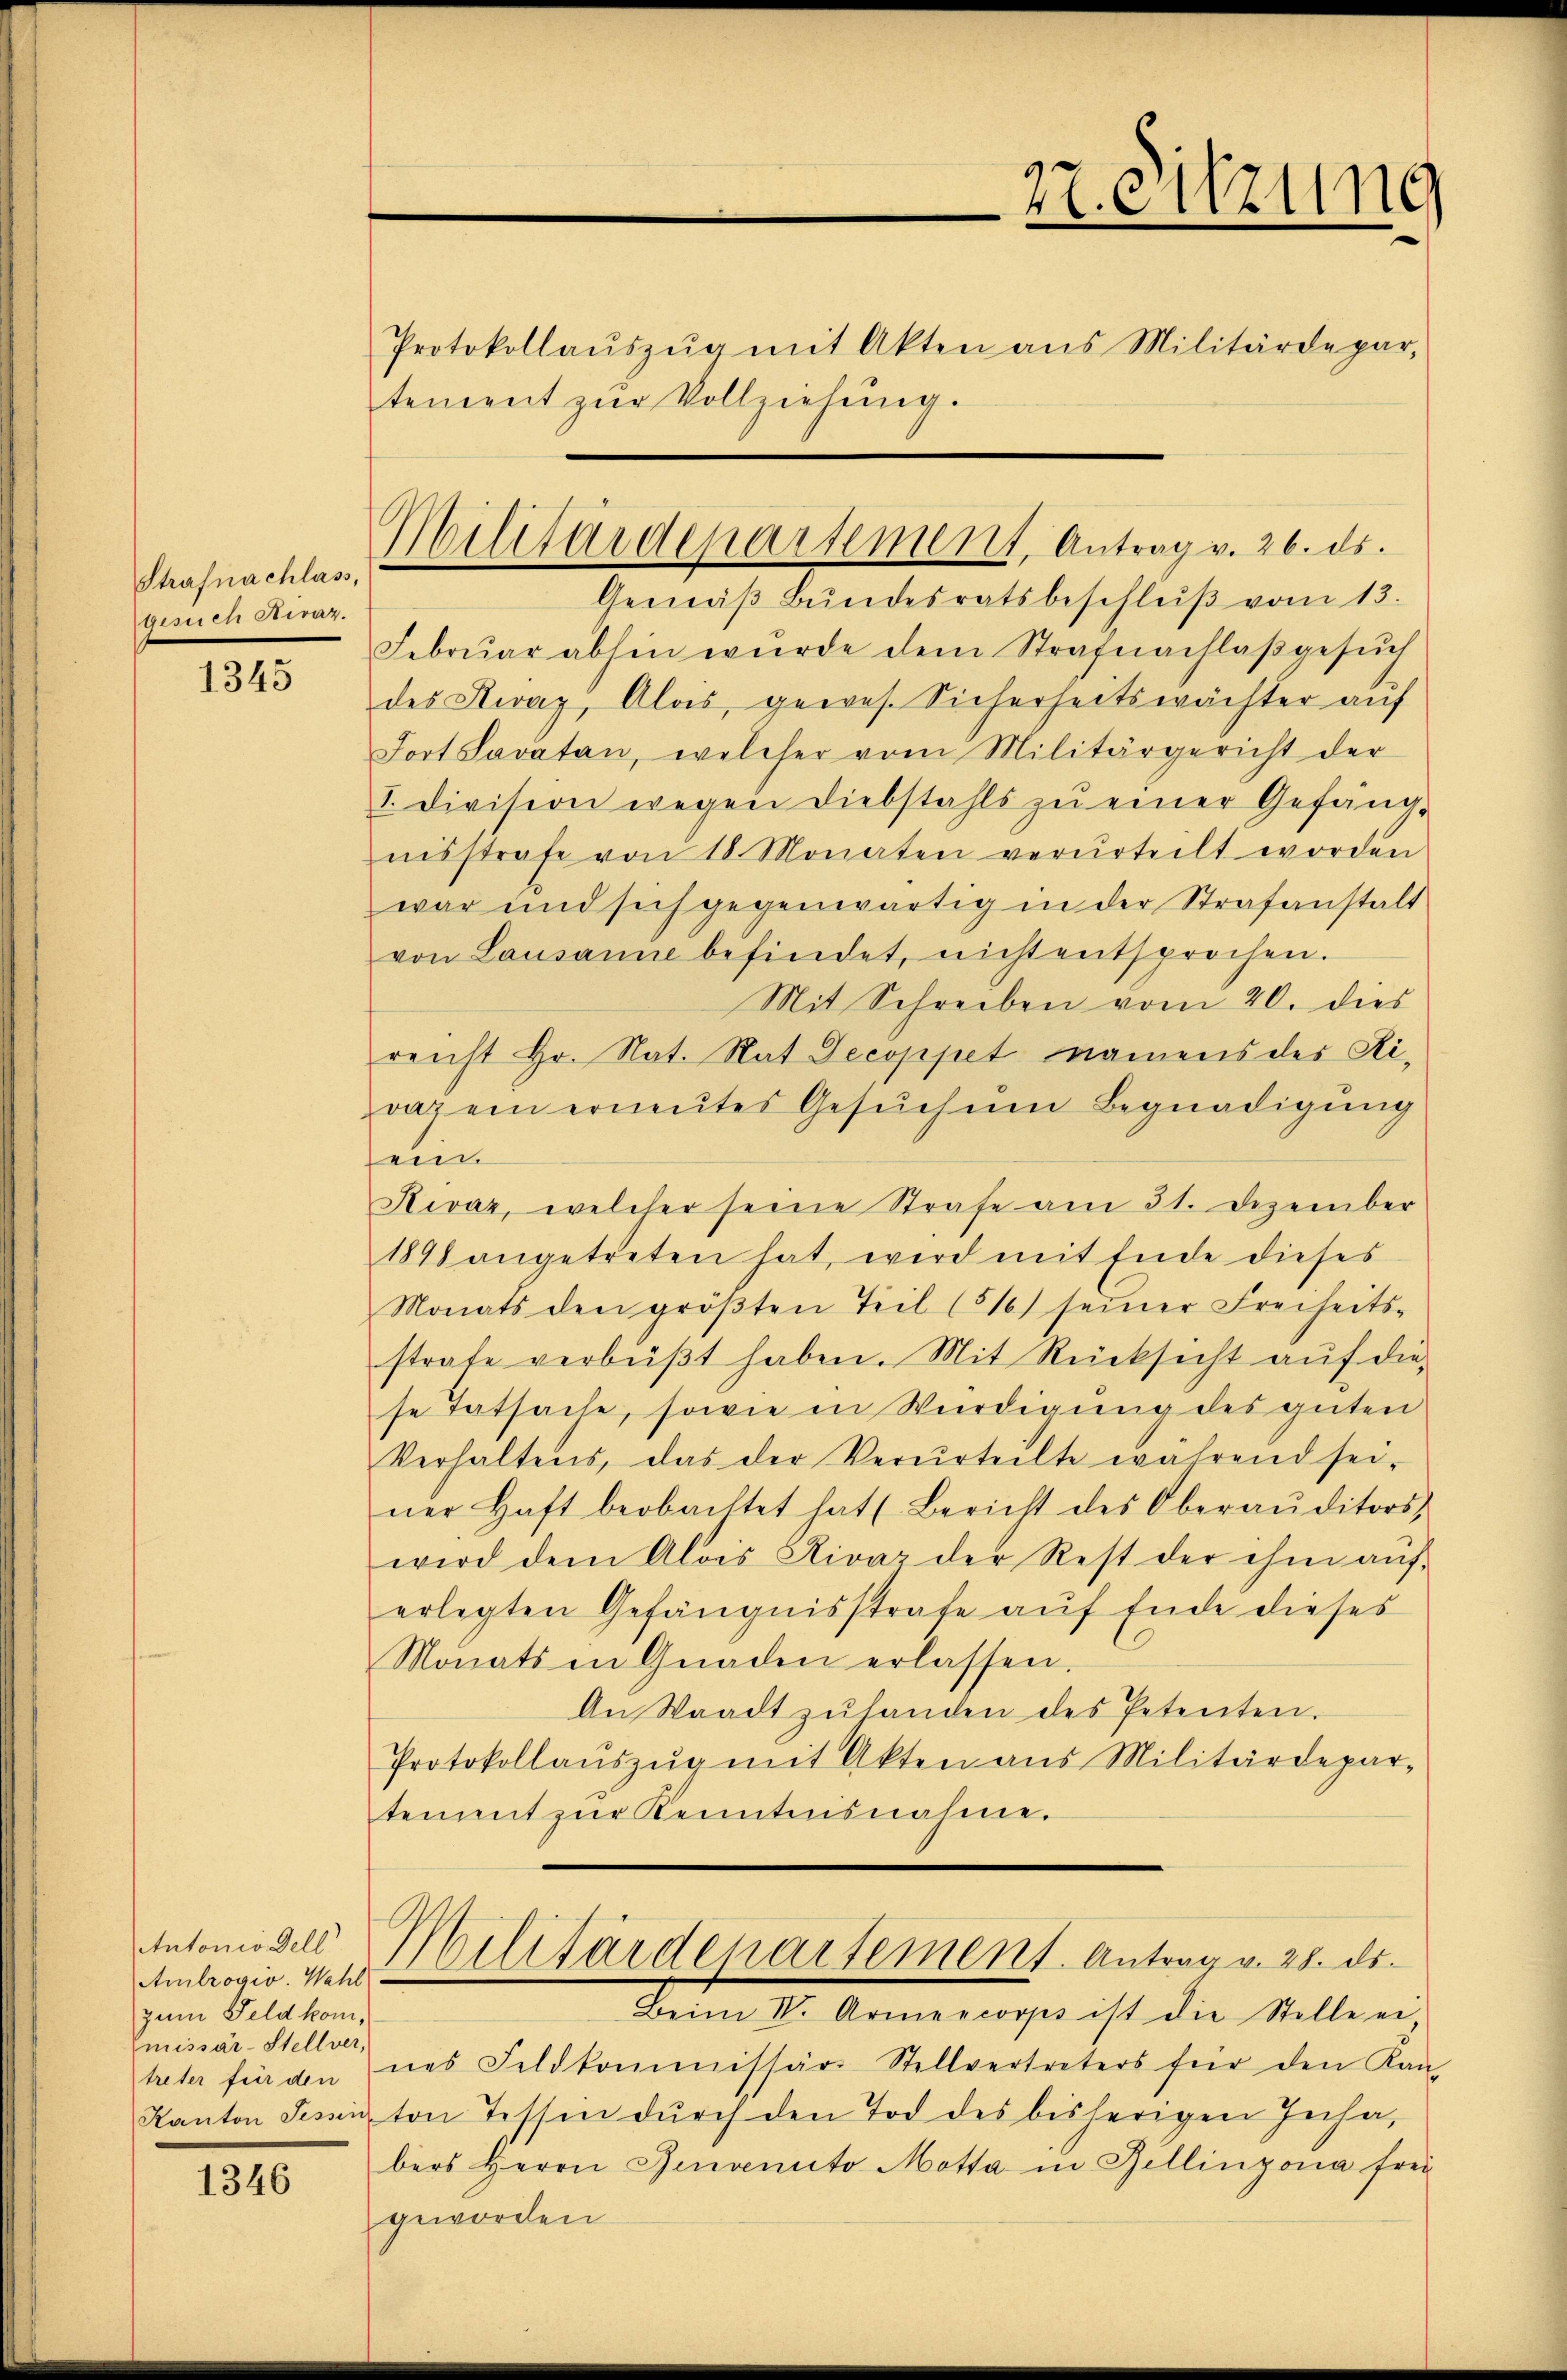
Strafnachlass,
gesich Stiren.

1345

Antonio dell
Amlrogio. Wahl
zum Feld kommissär-Stellver,
treter für den

1346

Gemäβ Bŭndesratsbeschlŭβ vom 13.
Februar abhin wurde dem Strafnachlaβgesŭch
des Nivaz, Alas, gewes. Sicherheitswächter auf
Jort Savatan, welcher vom Militärgericht der
I. Division wegen Diebstahls zŭ einer Gefäng-
nisstrafe von 18 Monaten verurteilt worden
war und sich gegenwärtig in der Strafanstalt
von Lausanne befindet, nicht entsprochen.
Mit Schreiben vom 20. dies
reicht Hr. Nat. Rat Decoppet namens des Ridaz ein erneŭtes Gesuchen Begnadigung
sein.
Rivar, welcher seine Strafe am 31. Dezember
1898 angetreten hat, wird mit Ende dieses
Monats den gröβten Teil (16) seiner Freiheits-
strafe verbüβt haben. Mit Rücksicht aŭf die-
se Tatsache, sowie in Würdigung des guten
Verhaltens, das der Verurteilte während sei.
ner Haft beobachtet hat (Bericht des Oberaŭditors,
wird dem Alois Rivar der Rest der ihm aŭf-
erlegten Gefängnisstrafe auf Ende dieses
Monats in Gnaden erlassen.
An Waadtzŭhanden des Petenten.
Protokollaŭszŭg mit Akten aus Militärdepar-
tement zŭr Kenntnisnahme.

27. Sitzung
.
.
Protokollaŭszŭg mit Akten ans Militärdepar
tement zur Vollziehung.

Militärdepartement, Antrag v. 26. ds.

Militärdepartement. Antrag v. 28. ds.
11
Beim IV. Armencorps ist die Stelle ei

nes Feldkommissär- Stellvertreters für den Kan-
Kanton Tessi ton Tessen dŭrch den Tod des bisherigen Jucha,
bers Herrn Benvenuto Motta in Bellinzona frei
geworden